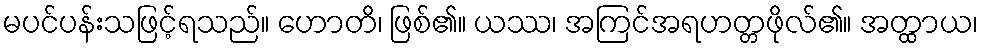
မပင်ပန်းသဖြင့်ရသည်။ ဟောတိ၊ ဖြစ်၏။ ယဿ၊ အကြင်အရဟတ္တဖိုလ်၏။ အတ္ထာယ၊